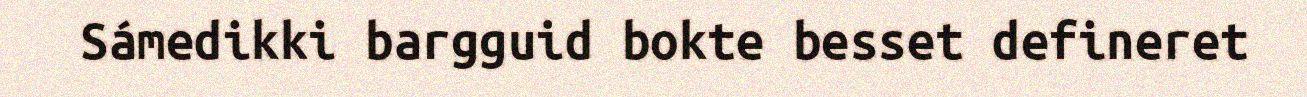
Sámedikki bargguid bokte besset defineret